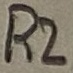
Text: R2